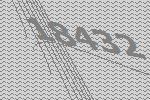
18432